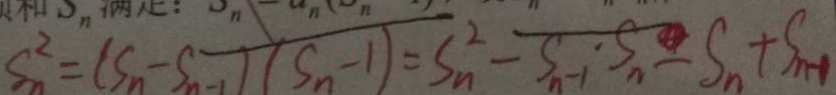
S _ { n } ^ { 2 } = ( S _ { n } - S _ { n - 1 } ) ( S _ { n } - 1 ) = S _ { n } ^ { 2 } - S _ { n - 1 } \cdot S _ { n } - S _ { n } + S _ { n - 1 }